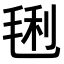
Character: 𣮂